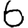
Digit: 6